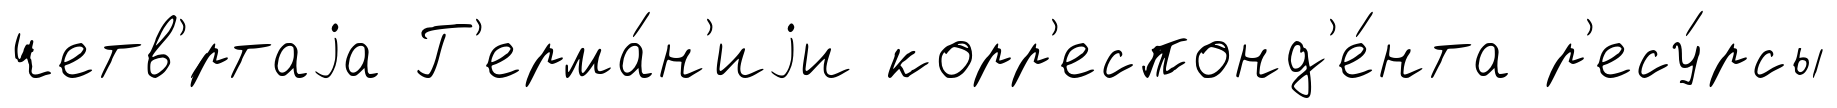
четв'́ртаjа Г'ерма́н'иjи корр'еспонд'е́нта р'есу́рсы